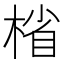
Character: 㮐